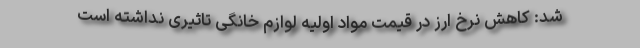
شد: کاهش نرخ ارز در قیمت مواد اولیه لوازم خانگی تاثیری نداشته است